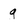
Character: g